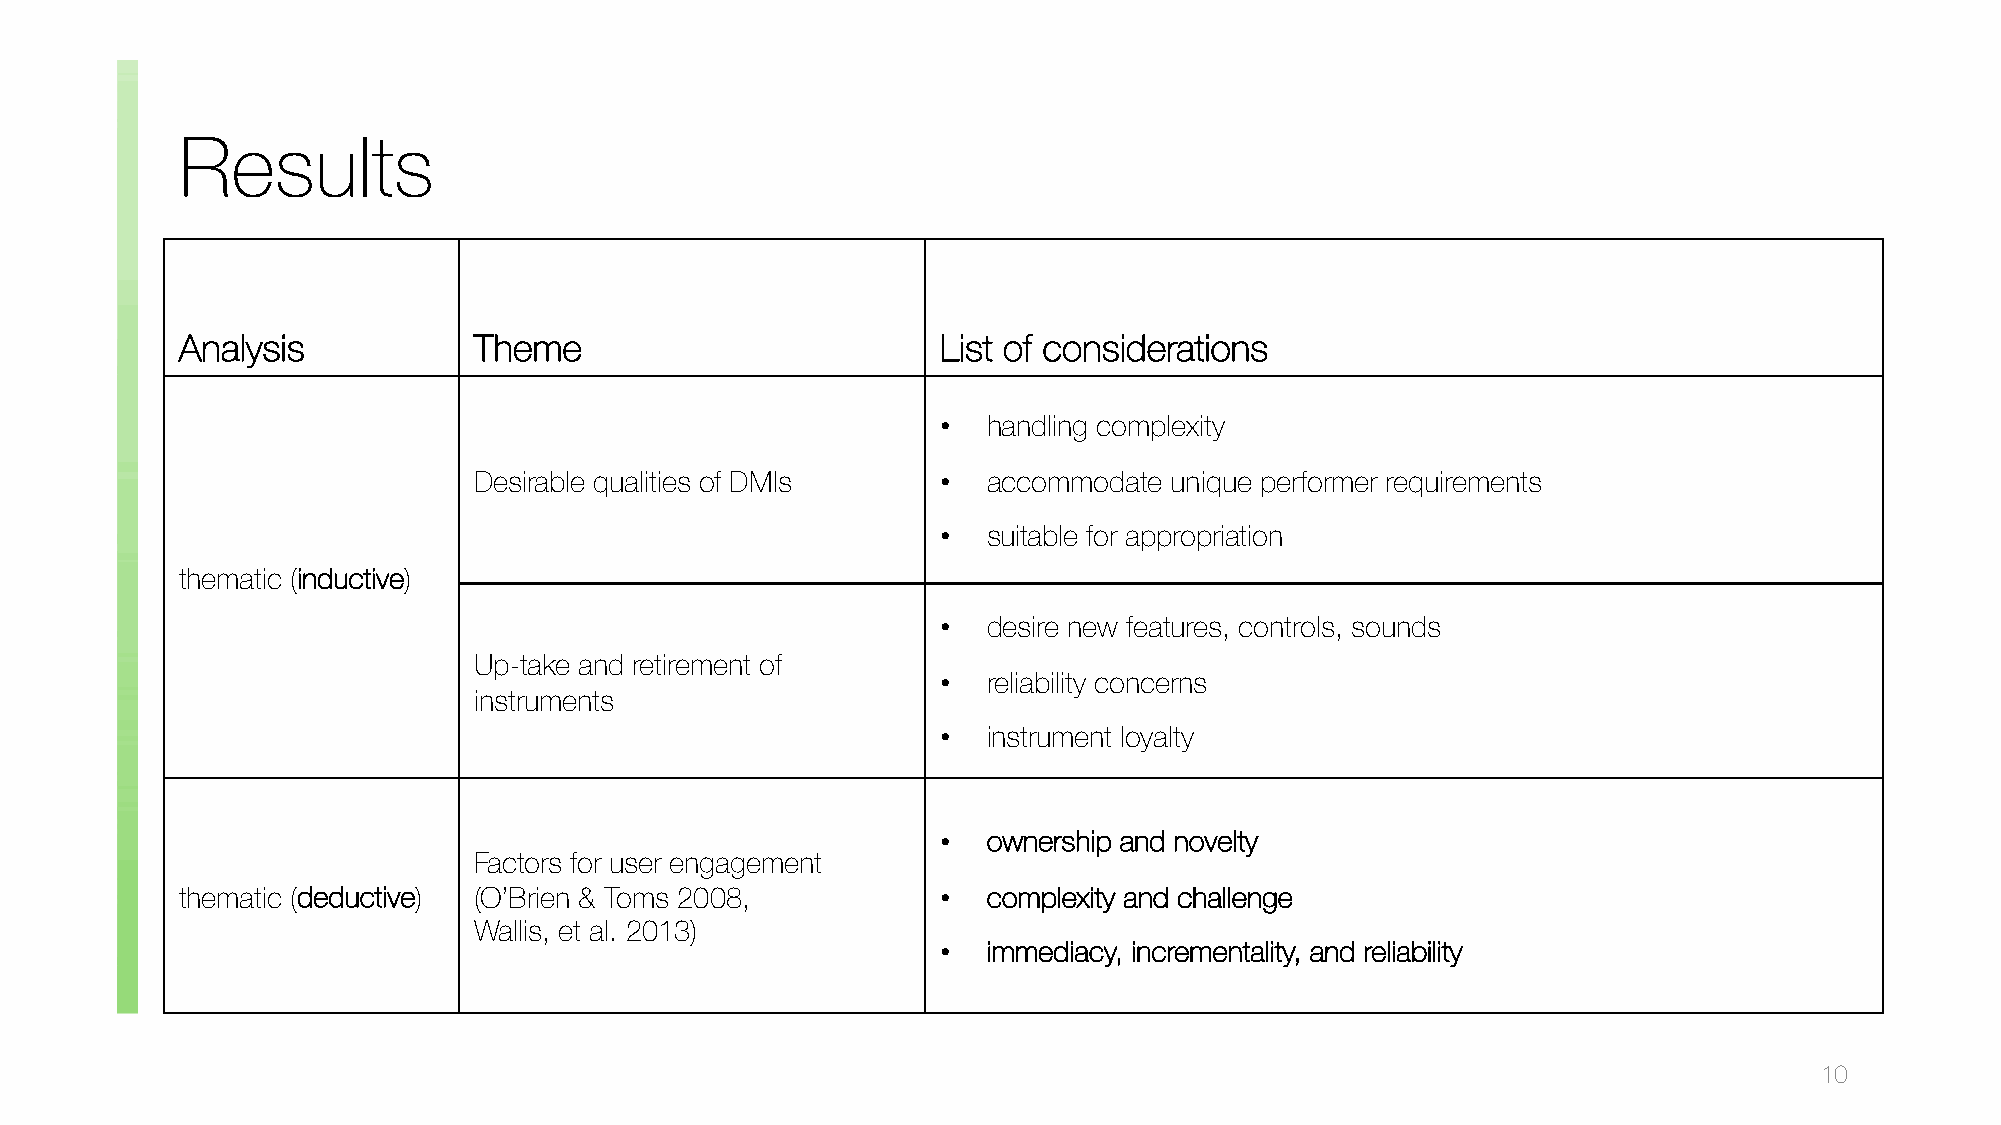
Results
 Analysis           Theme                          List of considerations
 •  handling complexity
 Desirable qualities of DMIs    •  accommodate unique performer requirements
 •  suitable for appropriation
 thematic (inductive)
 •  desire new features, controls, sounds
 Up-take and retirement of
 •  reliability concerns
 instruments
 •  instrument loyalty
 •  ownership and novelty
 Factors for user engagement
 thematic (deductive) (O’Brien & Toms 2008,        •  complexity and challenge
 Wallis, et al. 2013)
 •  immediacy, incrementality, and reliability
 10